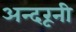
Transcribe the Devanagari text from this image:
अन्‍दरूनी